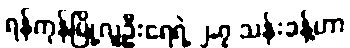
ရန်ကုန်မြို့လူဦးရေရဲ့ ၂.၇ သန်းခန့်ဟာ